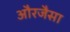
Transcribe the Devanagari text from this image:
औरजैसा